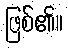
ဖြစ်၏။